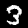
Digit: 3